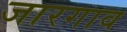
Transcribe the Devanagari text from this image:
जारगाव